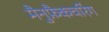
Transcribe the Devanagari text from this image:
मैनुफ़ैकचरिंग